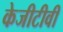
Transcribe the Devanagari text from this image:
केजीटीवी